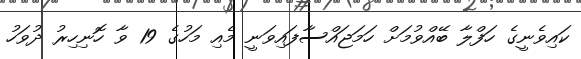
ކައިވެނީގެ ހަފްލާ ބޭއްވުމަށް ހަމަޖައްސާފައިވަނީ މެއި މަހުގެ 19 ވާ ހޮނިހިރު ދުވަހު